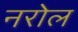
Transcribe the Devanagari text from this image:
नरोल